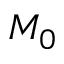
M _ { 0 }